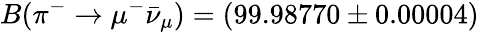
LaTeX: B(\pi^{-}\to\mu^{-}\bar{\nu}_{\mu})=(99.98770\pm 0.00004)\